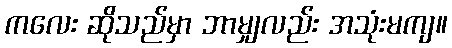
ကလေး ဆိုသည်မှာ ဘာမျှလည်း အသုံးမကျ။